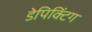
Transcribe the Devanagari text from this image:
डेपिक्टिंग